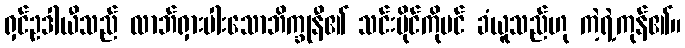
ရှင်ဥဒါယီသည် လာဘ်ရှားပါးသောဘိက္ခုနီ၏ သင်းပိုင်ကိုပင် ခံယူသည်ဟု ကဲ့ရဲ့ကုန်၏။